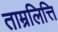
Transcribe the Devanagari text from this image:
ताम्रलित्ति